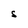
Character: S